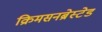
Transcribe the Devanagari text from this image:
क्रिमसनब्रेस्टेड